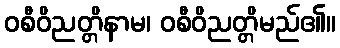
ဝစီဝိညတ္တိနာမ၊ ဝစီဝိညတ္တိမည်၏။